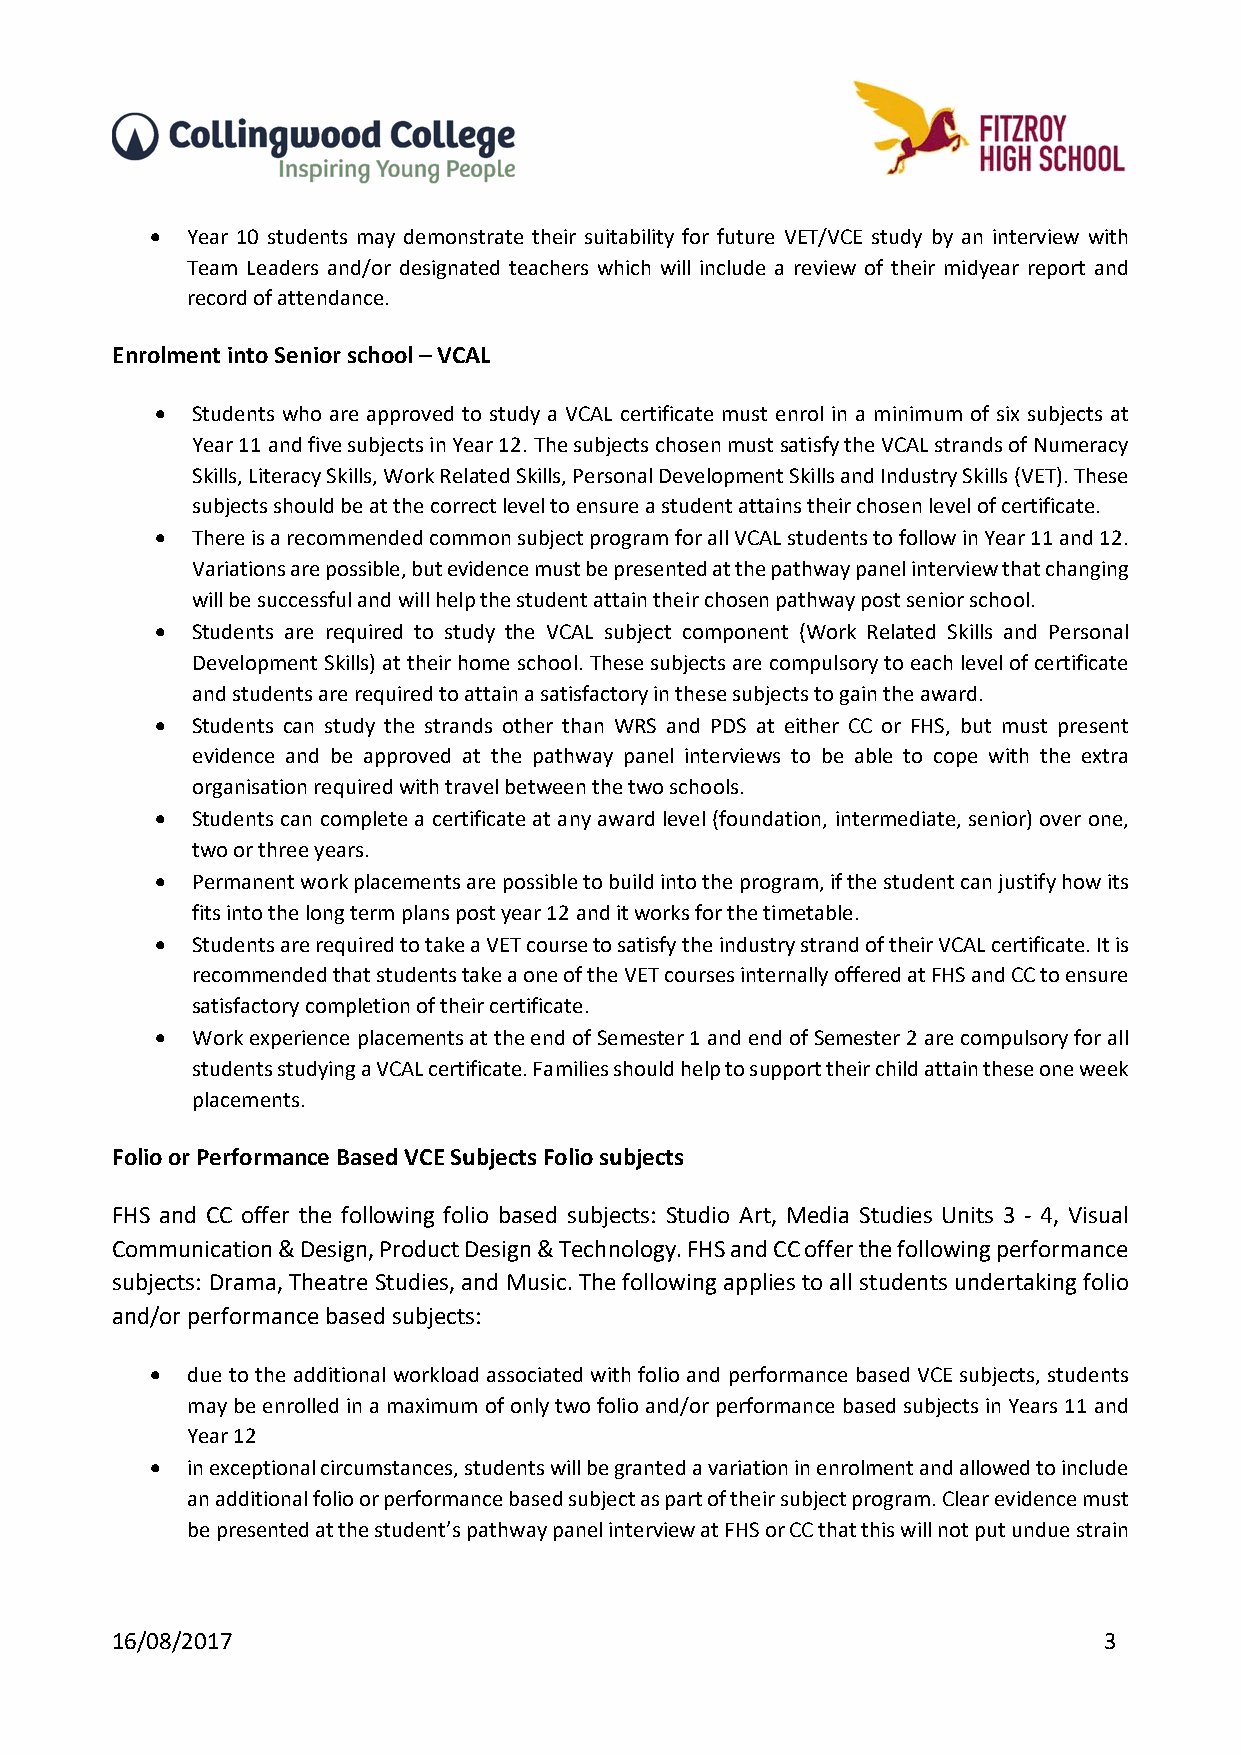
 Year 10 students may demonstrate their suitability for future VET/VCE study by an interview with
 Team Leaders and/or designated teachers which will include a review of their midyear report and
 record of attendance.
 Enrolment into Senior school – VCAL
   Students who are approved to study a VCAL certificate must enrol in a minimum of six subjects at
 Year 11 and five subjects in Year 12. The subjects chosen must satisfy the VCAL strands of Numeracy
 Skills, Literacy Skills, Work Related Skills, Personal Development Skills and Industry Skills (VET). These
 subjects should be at the correct level to ensure a student attains their chosen level of certificate.
   There is a recommended common subject program for all VCAL students to follow in Year 11 and 12.
 Variations are possible, but evidence must be presented at the pathway panel interview that changing
 will be successful and will help the student attain their chosen pathway post senior school.
   Students are required to study the VCAL subject component (Work Related Skills and Personal
 Development Skills) at their home school. These subjects are compulsory to each level of certificate
 and students are required to attain a satisfactory in these subjects to gain the award.
   Students can study the strands other than WRS and PDS at either CC or FHS, but must present
 evidence and be approved at the pathway panel interviews to be able to cope with the extra
 organisation required with travel between the two schools.
   Students can complete a certificate at any award level (foundation, intermediate, senior) over one,
 two or three years.
   Permanent work placements are possible to build into the program, if the student can justify how its
 fits into the long term plans post year 12 and it works for the timetable.
   Students are required to take a VET course to satisfy the industry strand of their VCAL certificate. It is
 recommended that students take a one of the VET courses internally offered at FHS and CC to ensure
 satisfactory completion of their certificate.
   Work experience placements at the end of Semester 1 and end of Semester 2 are compulsory for all
 students studying a VCAL certificate. Families should help to support their child attain these one week
 placements.
 Folio or Performance Based VCE Subjects Folio subjects
 FHS and CC offer the following folio based subjects: Studio Art, Media Studies Units 3 ‐ 4, Visual
 Communication & Design, Product Design & Technology. FHS and CC offer the following performance
 subjects: Drama, Theatre Studies, and Music. The following applies to all students undertaking folio
 and/or performance based subjects:
  due to the additional workload associated with folio and performance based VCE subjects, students
 may be enrolled in a maximum of only two folio and/or performance based subjects in Years 11 and
 Year 12
  in exceptional circumstances, students will be granted a variation in enrolment and allowed to include
 an additional folio or performance based subject as part of their subject program. Clear evidence must
 be presented at the student’s pathway panel interview at FHS or CC that this will not put undue strain
 16/08/2017                                                        3